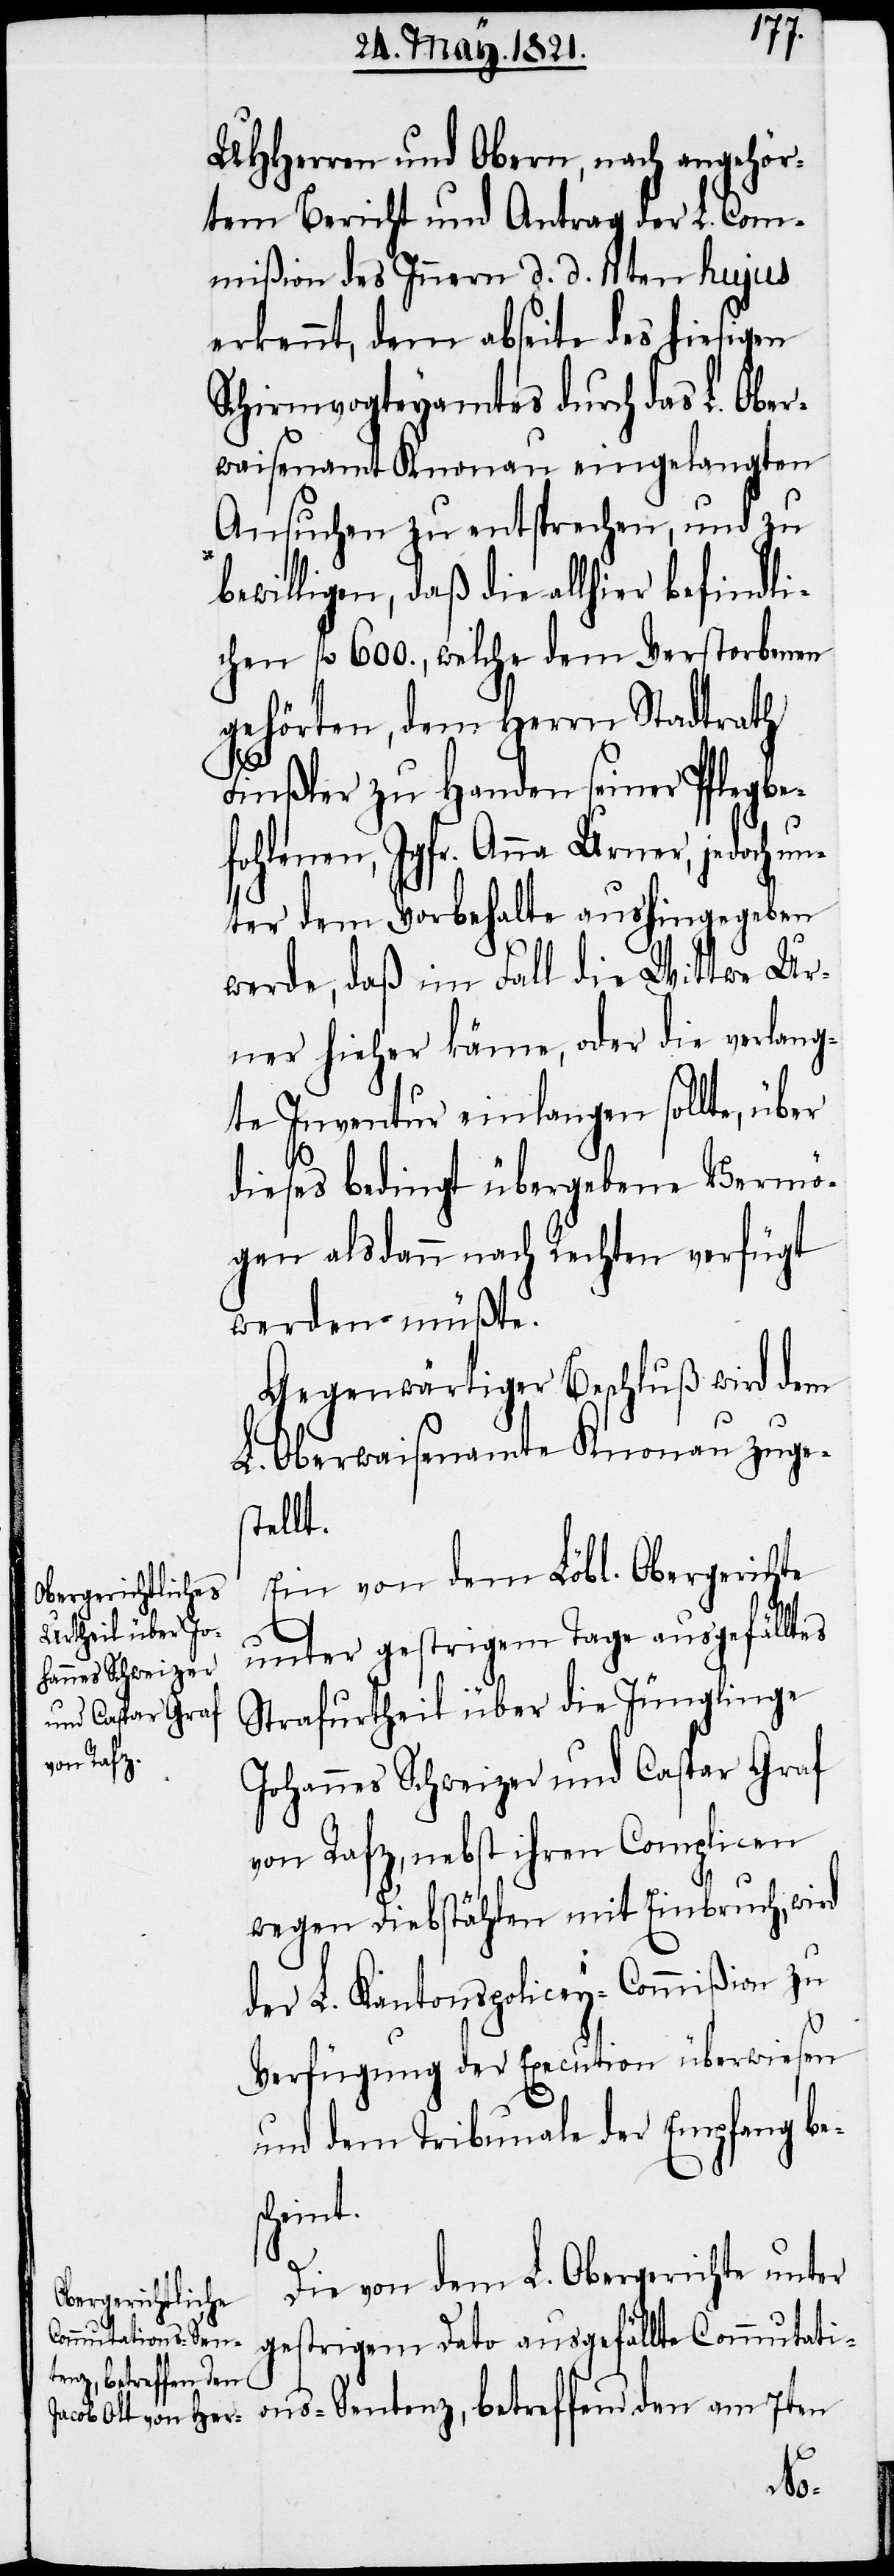
UHHerren und Obern, nach angehör¬
tem Bericht und Antrag der L. Com¬
mißion des Innern d. d. 11ten hujus
erkennt, dem abseite des hiesigen
Schirmvogteyamtes durch das L. Ober¬
waisenamt Knonau eingelangten
Ansuchen zu entsprechen, und zu
bewilligen, daß die allhier befindli¬
chen fl. 600., welche dem Verstorbenen
gehörten, dem Herrn Stadtrath
Finßler zu Handen seiner Pflegbe¬
fohlenen, Jgfr. Anna Urner, jedo¬
er dem Vorbehalte aushingegeben
werde, daß im Fall die Wittwe Ur¬
ner hieher käme, oder die verlang¬
te Inventur einlangen sollte, über
dieses bedingt übergebene Vermö¬
gen alsdann nach Rechten verfügt
werden müßte.
Gegenwärtiger Beschluß wird dem
L. Oberwaisenamte Knonau zuge¬
stellt.
Ein von dem Löbl. Obergerichte
unter gestrigem Tage ausgefälltes
Strafurtheil über die Jünglinge
Johannes Schweizer und Caspar Graf
von Rafz, nebst ihren Complicen
wegen Diebstählen mit Einbruch, wird
der L. Kantonspolicey-Commißion zu
Verfügung der Execution überwiesen
und dem Tribunale der Empfang be¬
s-Sent¬
Die von dem L. Obergerichte unter
gestrigem Dato ausgefällte Commutati¬
enz, betreffend den
on¬